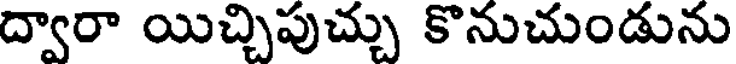
ద్వారా యిచ్చిపుచ్చు కొనుచుండును